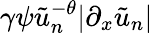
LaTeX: \gamma\psi\tilde{u}_{n}^{-\theta}|\partial_{x}\tilde{u}_{n}|